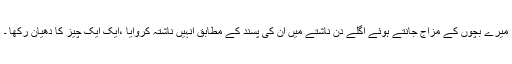
میرے بچوں کے مزاج جانتے ہوئے اگلے دن ناشتے میں ان کی پسند کے مطابق انہیں ناشتہ کروایا ،ایک ایک چیز کا دھیان رکھا ۔